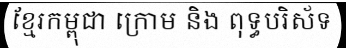
ខ្មែរកម្ពុជា ក្រោម និង ពុទ្ធបរិស័ទ